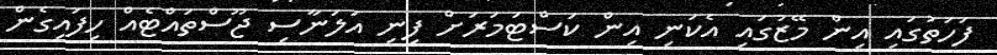
ފަހަތުގައި އިން މޭޒުގައި އެކަނި އިން ކަސްޓަމަރަށް ފިނި އަލަނާސި ޖޫސްތައްޓެއް ހިފައިގެން